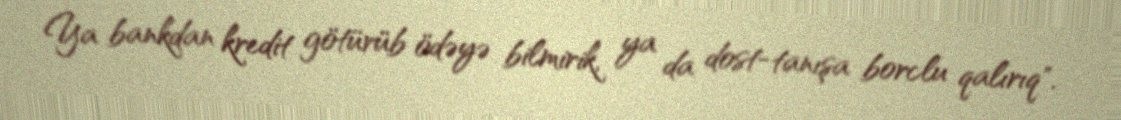
Ya bankdan kredit götürüb ödəyə bilmirik, ya da dost-tanışa borclu qalırıq".